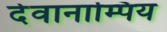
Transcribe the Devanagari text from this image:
देवानाम्पिय